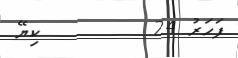
ފަހަރު 24        ކިޔޭ